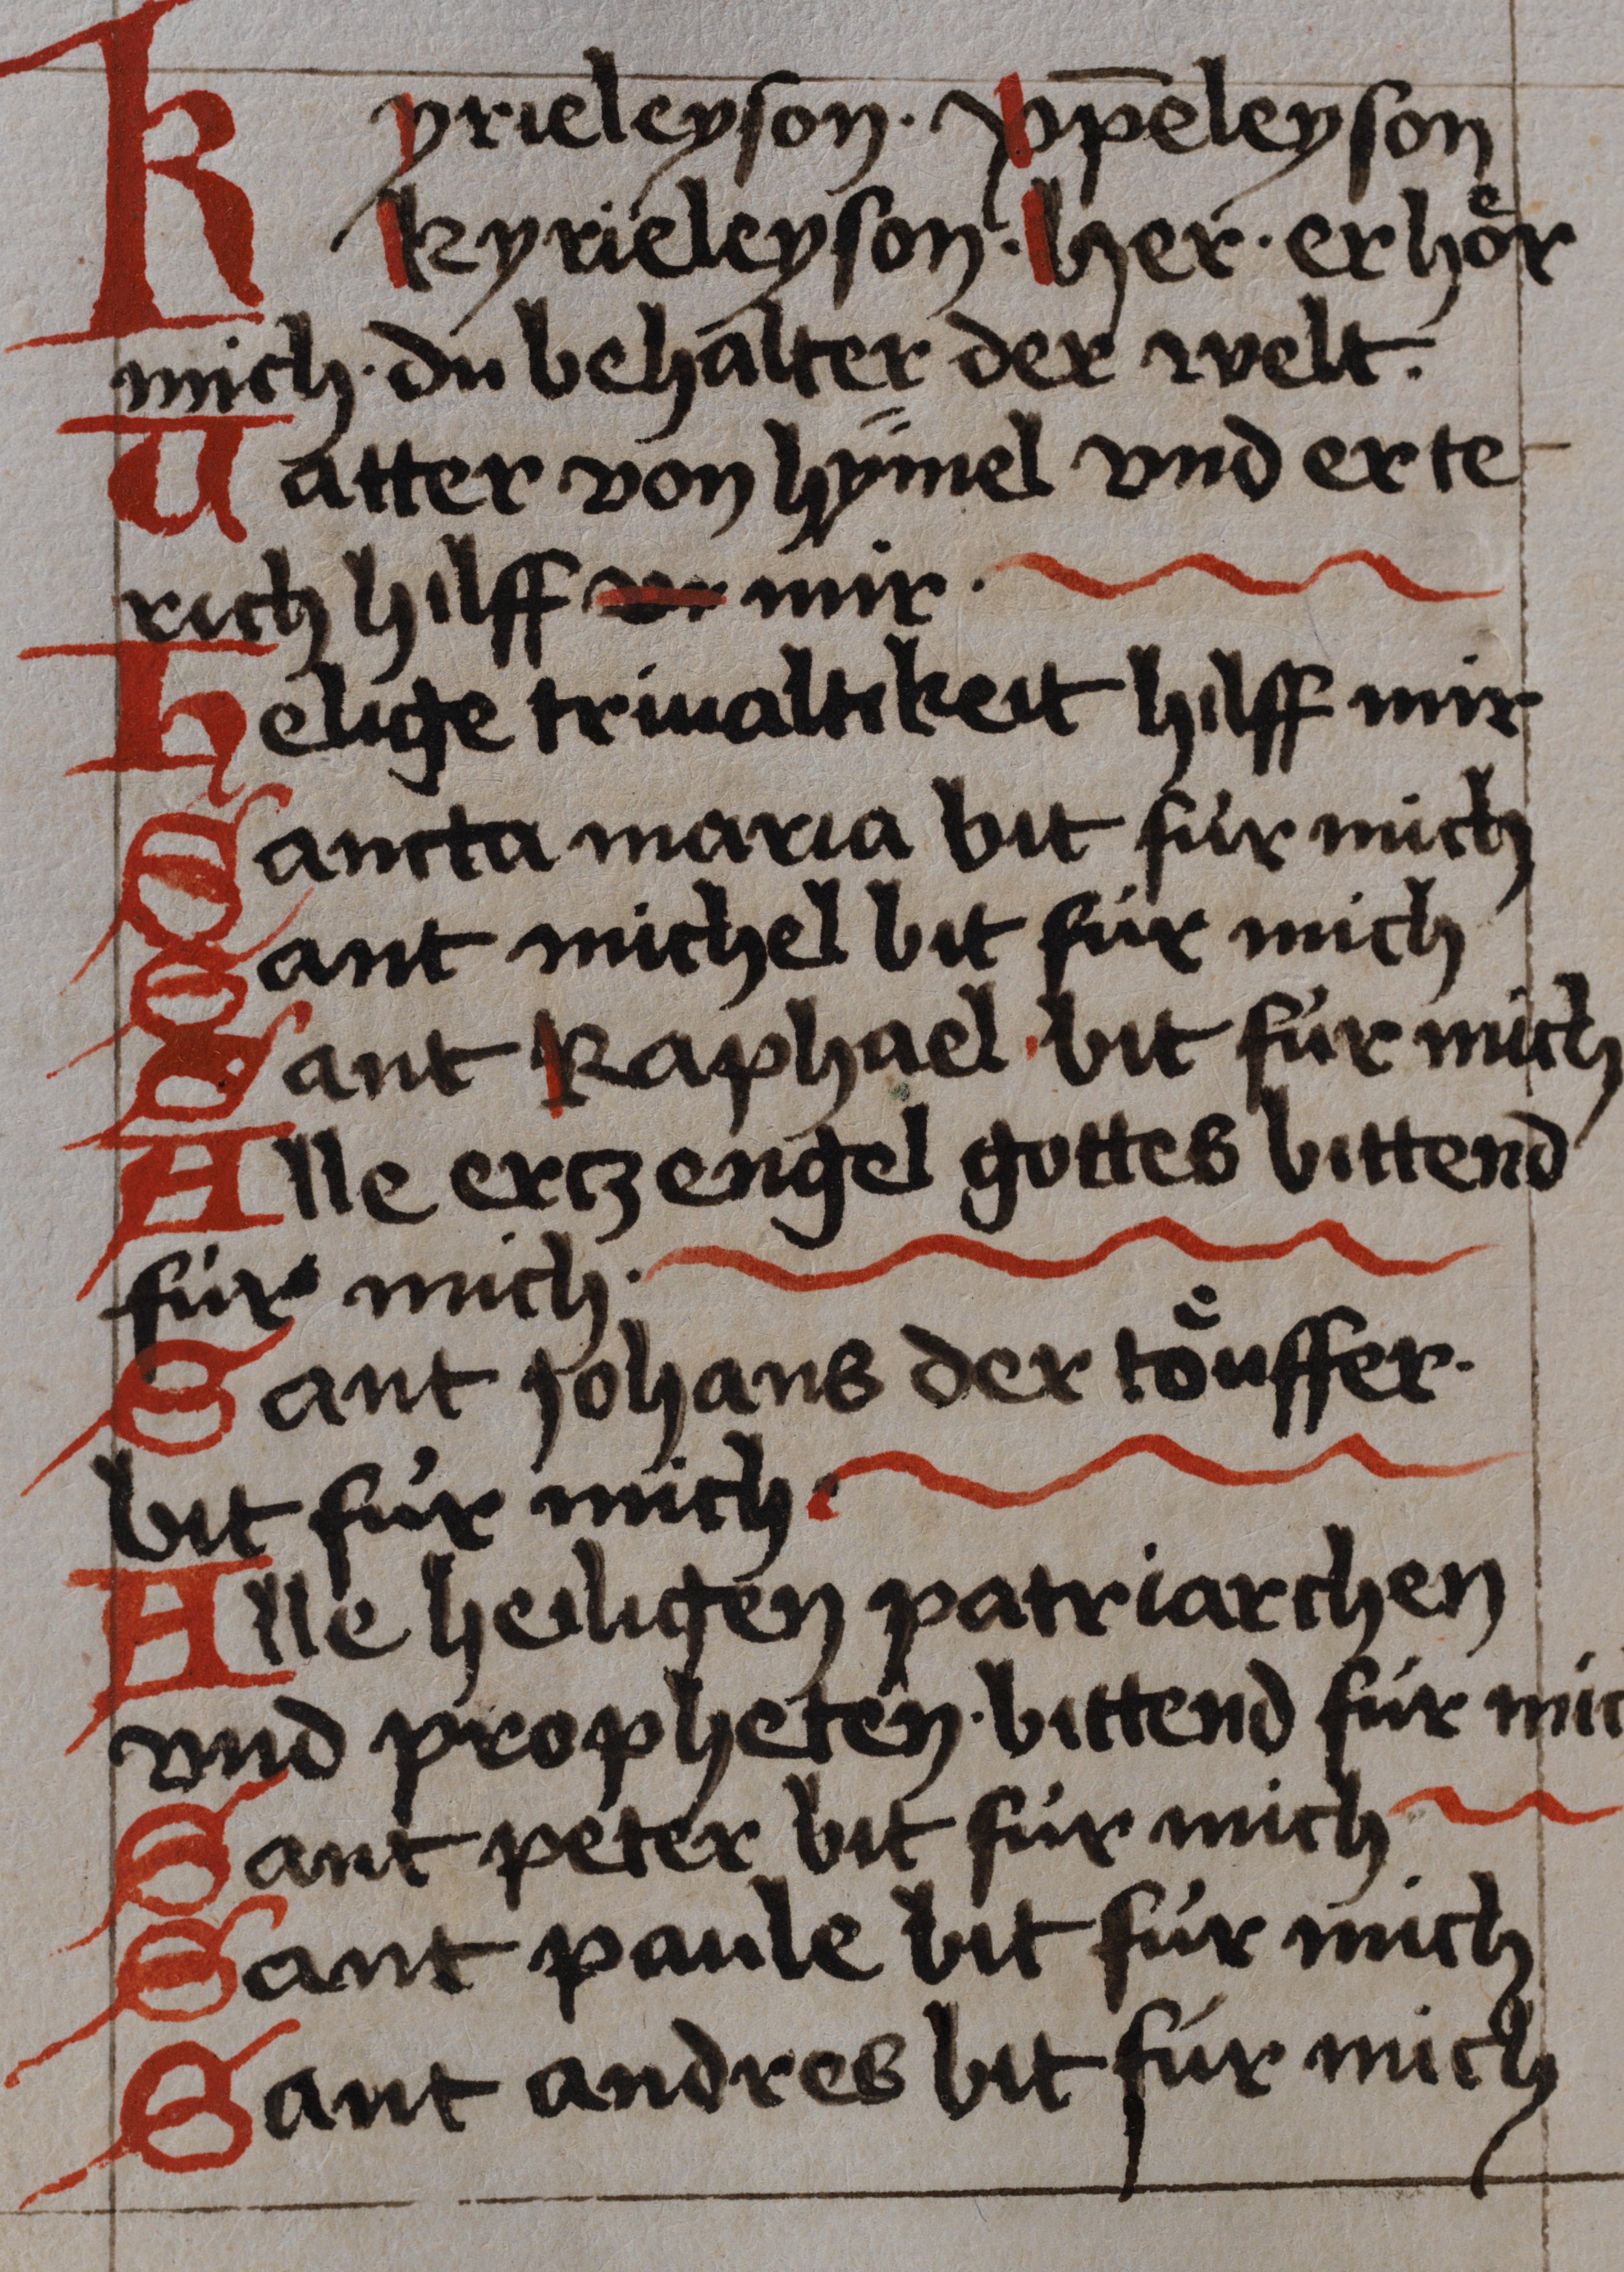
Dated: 1450–1499